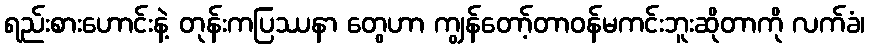
ရည်းစားဟောင်းနဲ့ တုန်းကပြဿနာ တွေဟာ ကျွန်တော့်တာဝန်မကင်းဘူးဆိုတာကို လက်ခံ၊